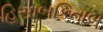
હિસાબકિતાબ